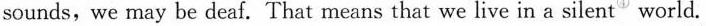
sounds,we may be deaf. That means that we live in a silent'world.